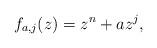
LaTeX: \begin{align*}f_{a,j}(z)=z^n+az^j,\end{align*}